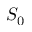
S _ { 0 }